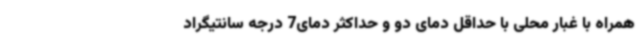
همراه با غبار محلی با حداقل دمای دو و حداکثر دمای7 درجه سانتیگراد